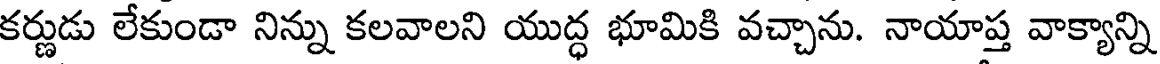
కర్ణుడు లేకుండా నిన్ను కలవాలని యుద్ధ భూమికి వచ్చాను. నాయాప్త వాక్యాన్ని